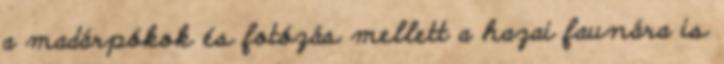
a madárpókok és fotózás mellett a hazai faunára is